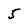
Character: 5